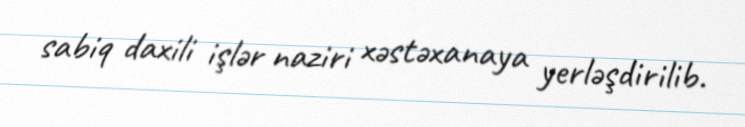
sabiq daxili işlər naziri xəstəxanaya yerləşdirilib.